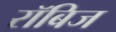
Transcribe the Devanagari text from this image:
रॉबिज